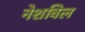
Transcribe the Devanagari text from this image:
नेशविल